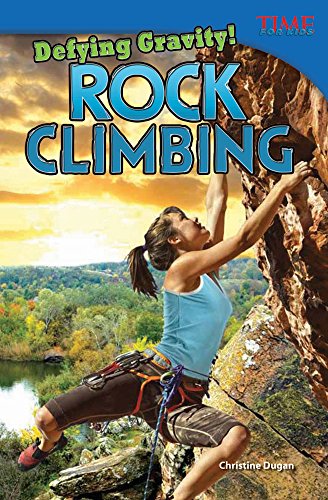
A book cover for Defying Gravity! Rock Climbing (Time for Kids Nonfiction Readers: Level 4.4); Christine Dugan; Sports & Outdoors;